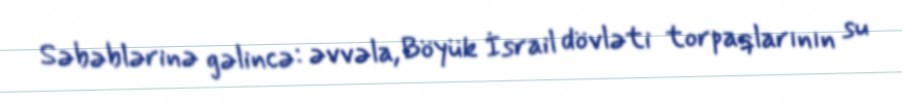
Səbəblərinə gəlincə: əvvəla, Böyük İsrail dövləti torpaqlarının su